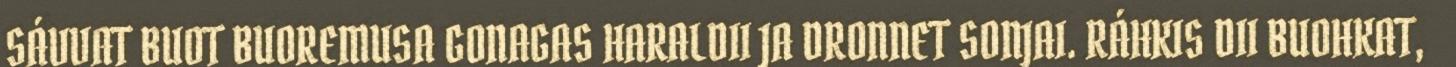
SÁVVAT BUOT BUOREMUSA GONAGAS HARALDII JA DRONNET SONJAI. RÁHKIS DII BUOHKAT,